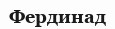
Фердинад